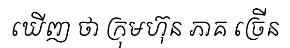
ឃើញ ថា ក្រុមហ៊ុន ភាគ ច្រើន